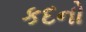
કદનો